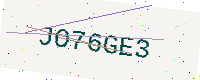
Text: JO76GE3